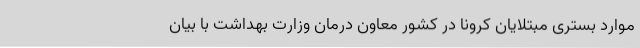
موارد بستری مبتلایان کرونا در کشور معاون درمان وزارت بهداشت با بیان